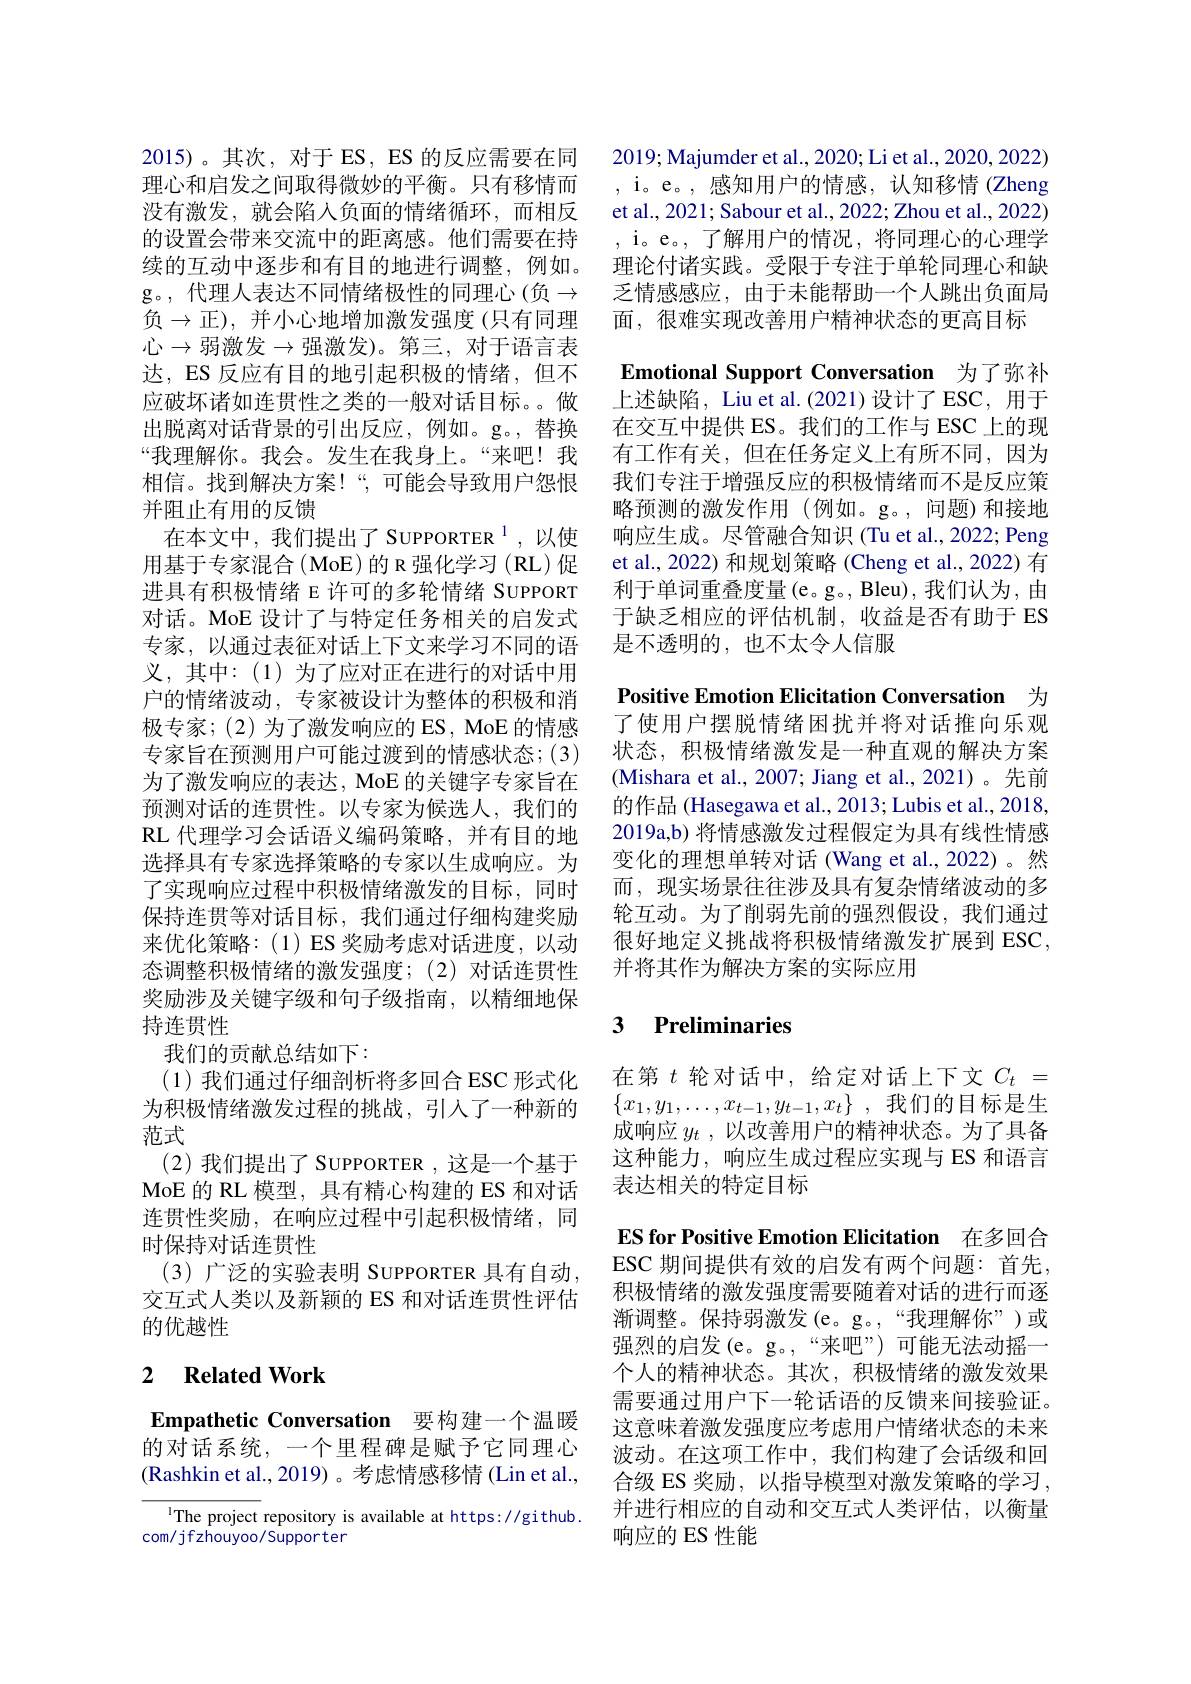
2015)。其次，对于ES，ES的反应需要在同理心和启发之间取得微妙的平衡。只有移情而没有激发，就会陷入负面的情绪循环，而相反的设置会带来交流中的距离感。他们需要在持续的互动中逐步和有目的地进行调整，例如。g。,代理人表达不同情绪极性的同理心(负$\to$ 负$\to$正),并小心地增加激发强度(只有同理心$\to$弱激发$\to$强激发)。第三，对于语言表达，ES 反应有目的地引起积极的情绪，但不应破坏诸如连贯性之类的一般对话目标。。做出脱离对话背景的引出反应，例如。g。, 替换“我理解你。我会。发生在我身上。“来吧！我相信。找到解决方案！“,可能会导致用户怨恨并阻止有用的反馈
在本文中，我们提出了SUPPORTER$^{1}$,以使用基于专家混合(MoE)的 R 强化学习(RL)促进具有积极情绪 E 许可的多轮情绪 SUPPORT 对话。MoE 设计了与特定任务相关的启发式专家，以通过表征对话上下文来学习不同的语义，其中：(1)为了应对正在进行的对话中用户的情绪波动，专家被设计为整体的积极和消极专家；(2)为了激发响应的 ES, MoE 的情感专家旨在预测用户可能过渡到的情感状态；(3) 为了激发响应的表达，MoE 的关键字专家旨在预测对话的连贯性。以专家为候选人，我们的RL 代理学习会话语义编码策略，并有目的地选择具有专家选择策略的专家以生成响应。为了实现响应过程中积极情绪激发的目标，同时保持连贯等对话目标，我们通过仔细构建奖励来优化策略：(1)ES 奖励考虑对话进度，以动态调整积极情绪的激发强度；(2)对话连贯性奖励涉及关键字级和句子级指南，以精细地保持连贯性
我们的贡献总结如下：
(1)我们通过仔细剖析将多回合 ESC 形式化为积极情绪激发过程的挑战，引人了一种新的范式
(2)我们提出了 SUPPORTER ,这是一个基于MoE 的 RL 模型，具有精心构建的 ES 和对话连贯性奖励，在响应过程中引起积极情绪，同时保持对话连贯性
(3) 广泛的实验表明 SUPPORTER 具有自动， 交互式人类以及新颖的 ES 和对话连贯性评估的优越性

## 2 $\textbf{Related Work}$

Empathetic Conversation 要构建一个温暖

的对话系统，一个里程碑是赋予它同理心(Rashkin et al., 2019)。考虑情感移情 (Lin et al.,

The project repository is available at https://github.
com/ j fzhouyoo/ Suppor ter

2019; Majumder et al., 2020; Li et al., 2020, 2022) , i。e。, 感知用户的情感，认知移情(Zheng et al., 2021; Sabour et al., 2022; Zhou et al., 2022) , i。e。,了解用户的情况，将同理心的心理学理论付诸实践。受限于专注于单轮同理心和缺乏情感感应，由于未能帮助一个人跳出负面局面，很难实现改善用户精神状态的更高目标
Emotional Support Conversation 为了弥补上述缺陷，Liu et al.(2021)设计了ESC，用于在交互中提供 ES。我们的工作与 ESC 上的现有工作有关，但在任务定义上有所不同，因为我们专注于增强反应的积极情绪而不是反应策略预测的激发作用(例如。g。,问题)和接地响应生成。尽管融合知识 (Tu et al., 2022; Peng et al., 2022) 和规划策略 (Cheng et al., 2022) 有利于单词重叠度量(e。g。, Bleu), 我们认为，由于缺乏相应的评估机制，收益是否有助于 ES 是不透明的，也不太令人信服
Positive Emotion Elicitation Conversation 为了使用户摆脱情绪困扰并将对话推向乐观状态，积极情绪激发是一种直观的解决方案(Mishara et al., 2007; Jiang et al., 2021)。先前的作品 (Hasegawa et al., 2013; Lubis et al., 2018, 2019a,b) 将情感激发过程假定为具有线性情感变化的理想单转对话(Wang et al.,2022)。然而，现实场景往往涉及具有复杂情绪波动的多轮互动。为了削弱先前的强烈假设，我们通过很好地定义挑战将积极情绪激发扩展到 ESC, 并将其作为解决方案的实际应用

## 3 Preliminaries

在第$t$轮对话中，给定对话上下文$C_t=$ $\{ x_1, y_1, \ldots , x_{t- 1}, y_{t- 1}, x_t\}$ ,我们的目标是生成响应$y_t$ ,以改善用户的精神状态。为了具备这种能力，响应生成过程应实现与 ES 和语言表达相关的特定目标
ES for Positive Emotion Elicitation 在多回合ESC 期间提供有效的启发有两个问题：首先， 积极情绪的激发强度需要随着对话的进行而逐渐调整。保持弱激发(e。g。,“我理解你”)或强烈的启发(e。g。,“来吧”)可能无法动摇一个人的精神状态。其次，积极情绪的激发效果需要通过用户下一轮话语的反馈来间接验证。这意味着激发强度应考虑用户情绪状态的未来波动。在这项工作中，我们构建了会话级和回合级 ES 奖励，以指导模型对激发策略的学习， 并进行相应的自动和交互式人类评估，以衡量响应的 ES 性能